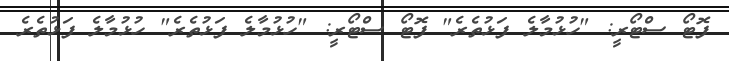
ފޮޓޯ ސްޓޯރީ: "ހުޅުމާލެ ފަޅުތެރެ" ފޮޓޯ ސްޓޯރީ: "ހުޅުމާލެ ފަޅުތެރެ" ހުޅުމާލެ ފަޅުތެރެ